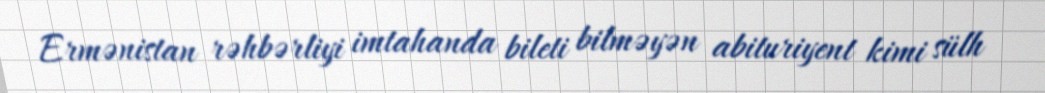
Ermənistan rəhbərliyi imtahanda bileti bilməyən abituriyent kimi sülh